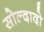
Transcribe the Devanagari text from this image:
सोल्दादो